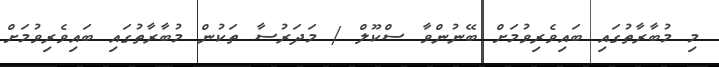
މި މުބާރާތުގައި ބައިވެރިވުމަށް ބޭނުންވާ ސްކޫލް / މަދަރުސާ ތަކުން މުބާރާތުގައި ބައިވެރިވުމަށް